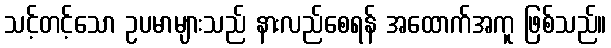
သင့်တင့်သော ဥပမာများသည် နားလည်စေရန် အထောက်အကူ ဖြစ်သည်။